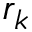
r _ { k }